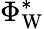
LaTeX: \Phi_{\mathrm{W}}^{*}